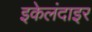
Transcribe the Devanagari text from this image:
इकेलंदाइर